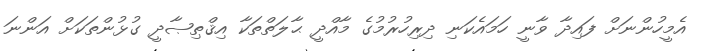
އެމީހުންނަށް ފައިދާ ވާނީ ހަމައެކަނި ދިރިހުރުމުގެ މާއްދީ ޙާލަތްތަކާ އިޤްޠިޞާދީ ގުޅުންތަކަށް އަންނަ